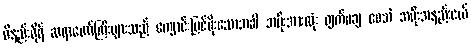
ဝိနည်းဓိုရ် ဆရာတော်ကြီးများသည် ကျောင်းပြင်မိုးသောအခါ အမိုးအားလုံး ဖျက်မချ စေဘဲ အမိုးအနည်းငယ်